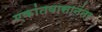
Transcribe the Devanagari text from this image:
एकांतवासानंतर